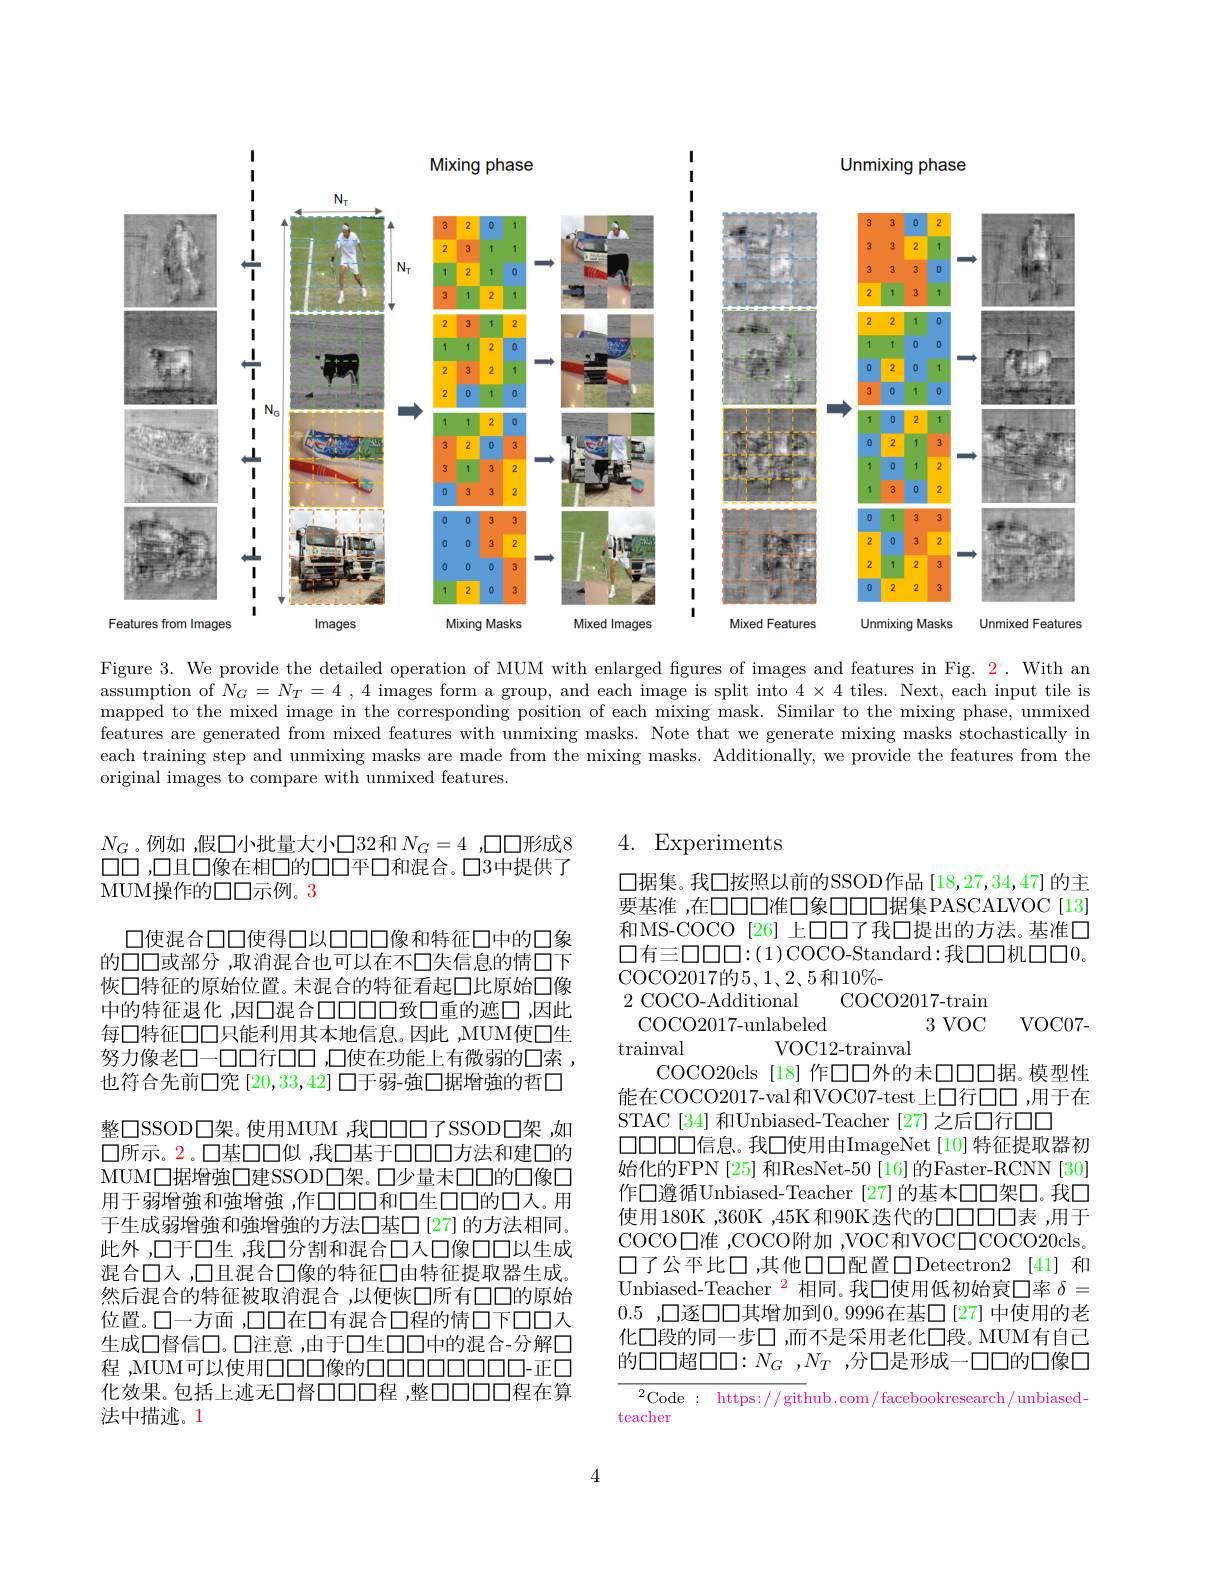
<FigureHere>

Figure 3. We provide the detailed operation of MUM with enlarged fgures of images and features in Fig. $\color{red}2.$ With an assumption of $N_G=N_T=4$ , 4 images form a group, and each image is split into $4\times4$ tiles. Next, each input tile is mapped to the mixed image in the corresponding position of each mixing mask. Similar to the mixing phase, unmixed features are generated from mixed features with unmixing masks. Note that we generate mixing masks stochastically in each training step and unmixing masks are made from the mixing masks. Additionally, we provide the features from the original images to compare with unmixed features.

4. Experiments

$N_G$。例如 ,假口小批量大小口32和$N_G=4$ ,口口形成8口口 ,口且口像在相口的口口平口和混合。口3中提供了MUM操作的口口示例。3

口据集。我口按照以前的SSOD作品[18,27,34,47]的主要基准 ,在口口口准口象口口口据集PASCALVOC[13] 和MS-COCO[26]上口口了我口提出的方法。基准口$\square$有三口口口：(1)COCO-Standard:我口口机口口0。COCO2017的5、1、2、5和10%-
2 COCO-Additional
$\operatorname{COCO2017-train}$
3 VOC
COCO2017-unlabeled
$\operatorname{VOC07-}$

口使混合口口使得口以口口口像和特征口中的口象的口口或部分 ,取消混合也可以在不口失信息的情口下恢口特征的原始位置。未混合的特征看起口比原始口像中的特征退化 ,因口混合口口口口致口重的遮口 ,因此每口特征口口只能利用其本地信息。因此 ,MUM使口生努力像老□一口口行口口，口使在功能上有微弱的口索， 也符合先前口究 [20,33,42] 口于弱-強口据增強的哲□ 整$\square SSOD口架。使用MUM ,我口口口了SSOD口架，如$ 口所示。2。口基口口似 ,我口基于口口口方法和建口的MUM口据增強口建SSOD口架。口少量未口口的口像口用于弱增強和強增強，作口口口和口生口口的口入。用于生成弱增強和強增強的方法口基口[27]的方法相同。此外 ,口于口生 ,我口分割和混合口人口像口口以生成混合口人，口且混合口像的特征口由特征提取器生成。然后混合的特征被取消混合，以便恢口所有口口的原始位置。口一方面 ,口口在口有混合口程的情口下口口人生成口督信口。口注意 ,由于口生口口中的混合-分解口程 ,MUM可以使用口口口像的口口口口口口口-正口化效果。包括上迹无口督口口口程，整口口口口程在算法中描述。1

VOC12-trainval
trainval
COCO20cls [18] 作口口外的未口口口据。模型性能在COCO2017-val和VOC07-test上口行口口，用于在STAC[34]和Unbiased-Teacher[27]之后口行口口
$\square\square\square\square\square\square$信息。我口使用由ImageNet[10]特征提取器初始化的FPN [25] 和ResNet-50 [16] 的Faster-RCNN [30] 作口遵循Unbiased-Teacher [27]的基本口口架口。我口使用180K ,360K ,45K 和90K 迭代的口口口口表 ,用于COCO口准，COCO附加，VOC和VOC□COCO20cls。口了公平比口，其他口口配置口Detectron2 [41] 和Unbiased-Teacher $^{2}$相同。我口使用低初始衰口率$\delta=$ 0.5 ,口逐口口其增加到0。9996在基口[27]中使用的老化口段的同一步口 ,而不是采用老化口段。MUM有自己的口口超口口：$N_G,N_T$ ,分口是形成一口口的口像口

$^{2}$Code: https: / / github. com/ facebookresearch/ unbiased-

teacher

4